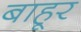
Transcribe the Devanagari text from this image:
बाहूर